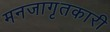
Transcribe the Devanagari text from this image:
मनजागृतकारी